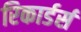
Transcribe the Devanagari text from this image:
रिकार्डर्स